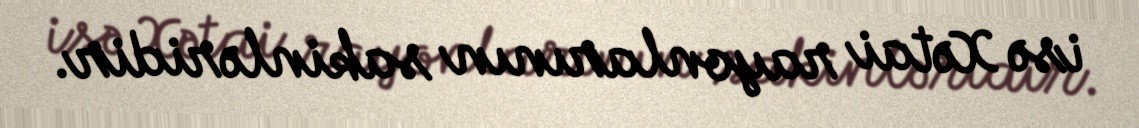
isə Xətai rayonlarının sakinləridir.